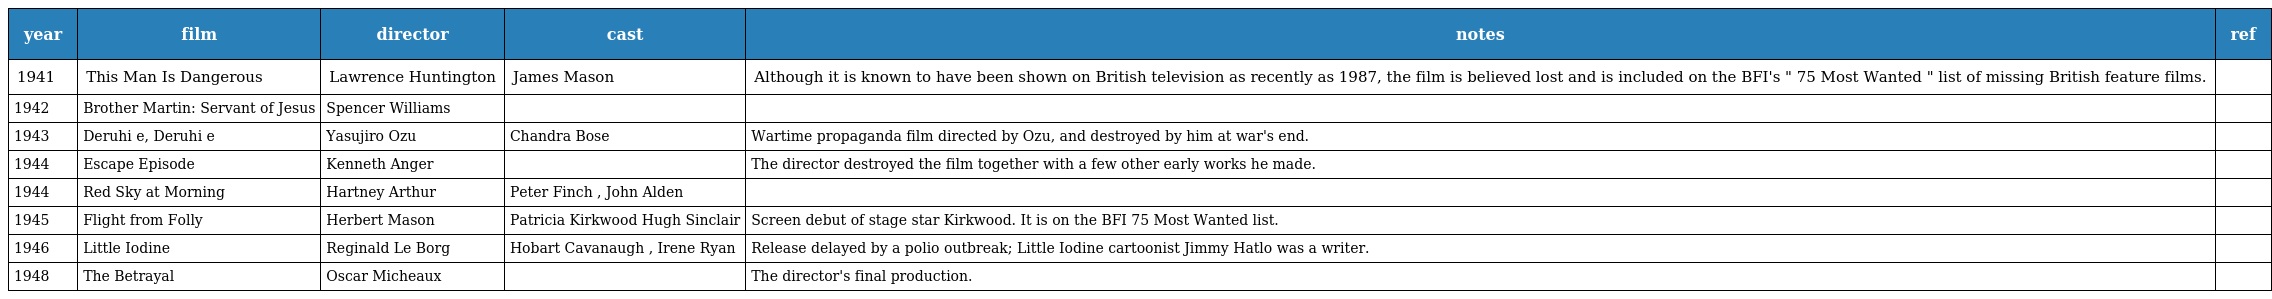
| year | film | director | cast | notes | ref |
 | --- | --- | --- | --- | --- | --- |
 | 1941 | This Man Is Dangerous | Lawrence Huntington | James Mason | Although it is known to have been shown on British television as recently as 1987, the film is believed lost and is included on the BFI's " 75 Most Wanted " list of missing British feature films. |  |
 | 1942 | Brother Martin: Servant of Jesus | Spencer Williams |  |  |  |
 | 1943 | Deruhi e, Deruhi e | Yasujiro Ozu | Chandra Bose | Wartime propaganda film directed by Ozu, and destroyed by him at war's end. |  |
 | 1944 | Escape Episode | Kenneth Anger |  | The director destroyed the film together with a few other early works he made. |  |
 | 1944 | Red Sky at Morning | Hartney Arthur | Peter Finch , John Alden |  |  |
 | 1945 | Flight from Folly | Herbert Mason | Patricia Kirkwood Hugh Sinclair | Screen debut of stage star Kirkwood. It is on the BFI 75 Most Wanted list. |  |
 | 1946 | Little Iodine | Reginald Le Borg | Hobart Cavanaugh , Irene Ryan | Release delayed by a polio outbreak; Little Iodine cartoonist Jimmy Hatlo was a writer. |  |
 | 1948 | The Betrayal | Oscar Micheaux |  | The director's final production. |  |